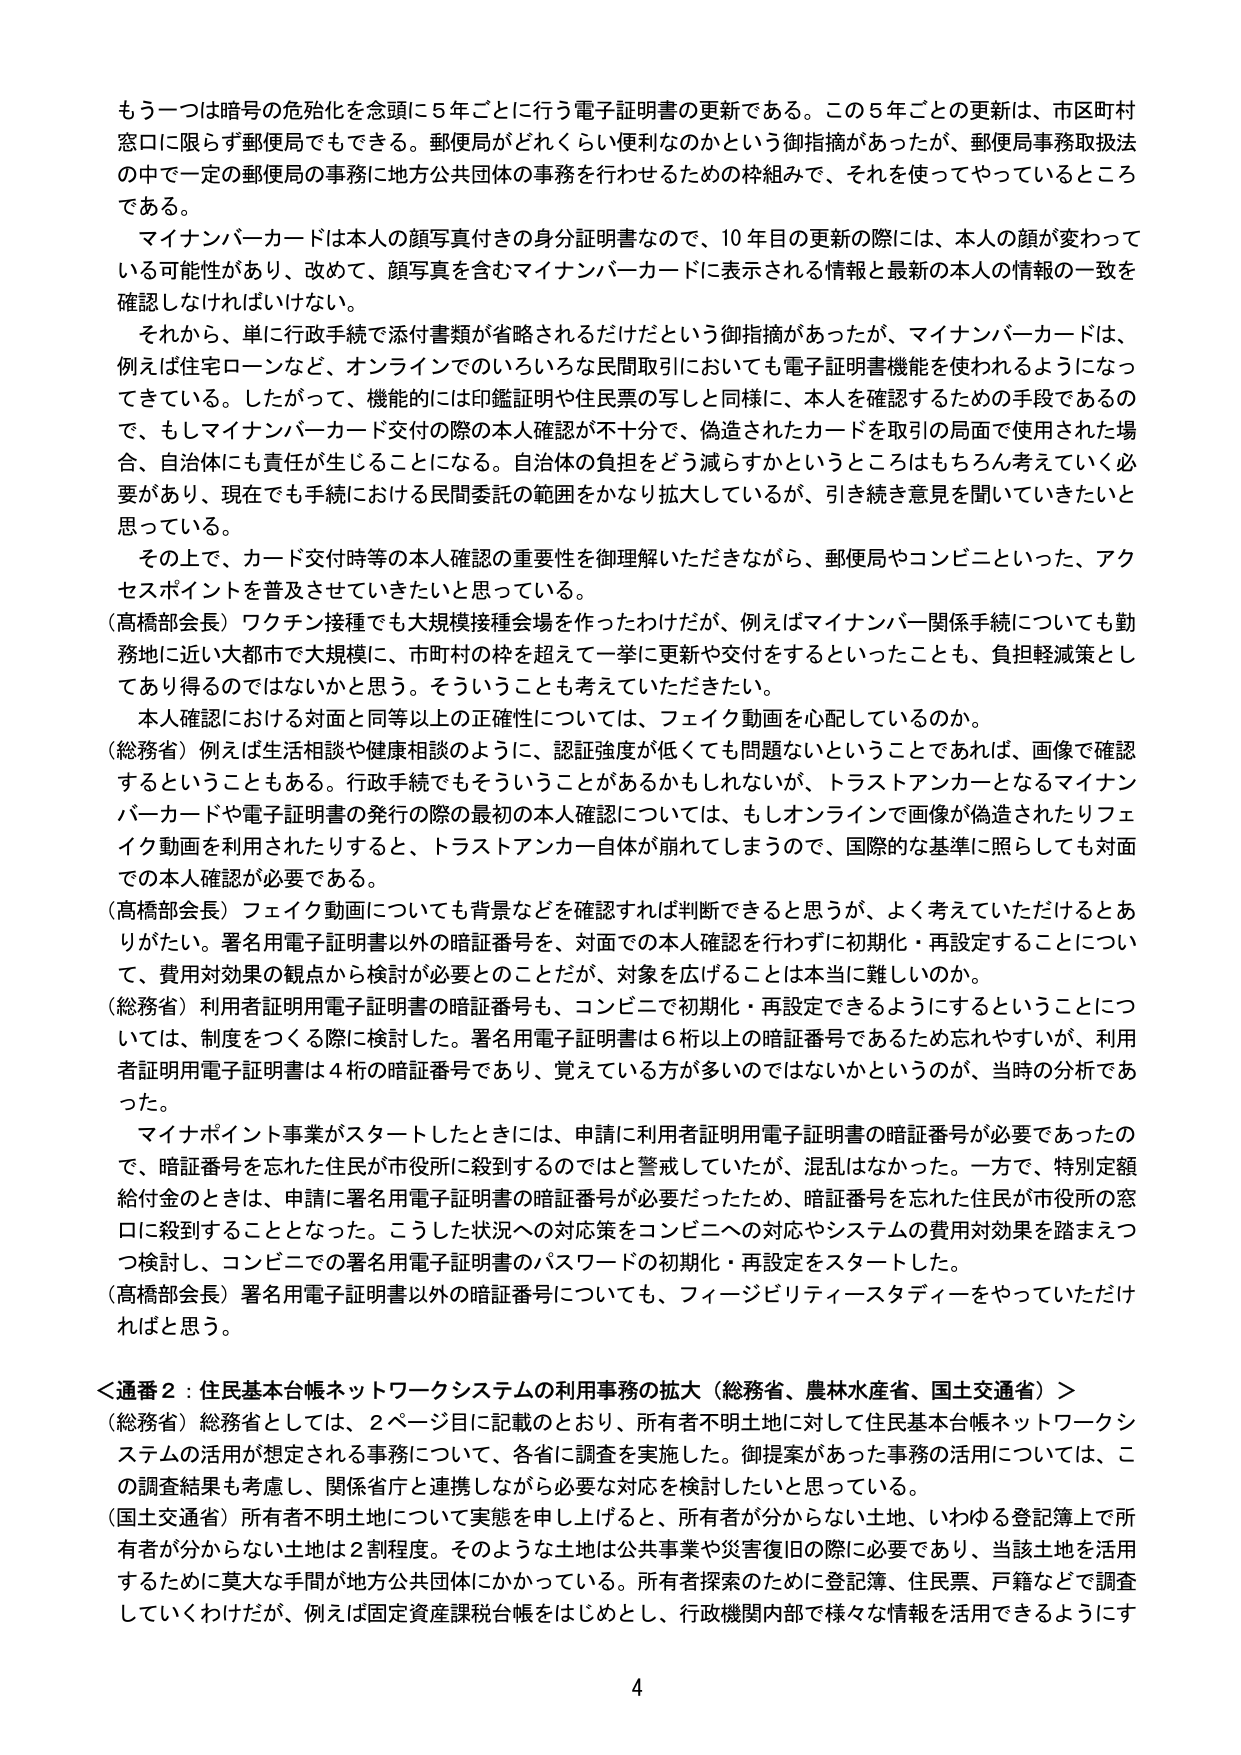
もう一つは暗号の危殆化を念頭に5年ごとに行う電子証明書の更新である。この5年ごとの更新は、市区町村窓口に限らず郵便局でもできる。郵便局がどれくらい便利なのかという御指摘があったが、郵便局事務取扱法の中で一定の郵便局の事務に地方公共団体の事務を行わせるための枠組みで、それを使ってやっているところである。

マイナンバーカードは本人の顔写真付きの身分証明書なので、10年目の更新の際には、本人の顔が変わっている可能性があり、改めて、顔写真を含むマイナンバーカードに表示される情報と最新の本人の情報の一致を確認しなければいけない。

それから、単に行政手続で添付書類が省略されるだけだという御指摘があったが、マイナンバーカードは、例えば住宅ローンなど、オンラインでのいろいろな民間取引においても電子証明書機能を使われるようになってきている。したがって、機能的には印鑑証明や住民票の写しと同様に、本人を確認するための手段であるので、もしマイナンバーカード交付の際の本人確認が不十分で、偽造されたカードを取引の局面で使用された場合、自治体にも責任が生じることになる。自治体の負担をどう減らすかというところはもちろん考えていく必要があり、現在でも手続における民間委託の範囲をかなり拡大しているが、引き続き意見を聞いていきたいと思っている。

その上で、カード交付時等の本人確認の重要性を御理解いただきながら、郵便局やコンビニといった、アクセスポイントを普及させていきたいと思っている。

（高橋部会長）ワクチン接種でも大規模接種会場を作ったわけだが、例えばマイナンバー関係手続についても勤務地に近い大都市で大規模に、市町村の枠を超えて一挙に更新や交付をするといったことも、負担軽減策としてあり得るのではないかと思う。そういうことも考えていただきたい。

本人確認における対面と同等以上の正確性については、フェイク動画を心配しているのか。

（総務省）例えば生活相談や健康相談のように、認証強度が低くても問題ないということであれば、画像で確認するということもある。行政手続でもそういうことがあるかもしれないが、トラストアンカーとなるマイナンバーカードや電子証明書の発行の際の最初の本人確認については、もしオンラインで画像が偽造されたりフェイク動画を利用されたりすると、トラストアンカー自体が崩れてしまうので、国際的な基準に照らしても対面での本人確認が必要である。

（高橋部会長）フェイク動画についても背景などを確認すれば判断できると思うが、よく考えていただけるとありがたい。署名用電子証明書以外の暗証番号を、対面での本人確認を行わずに初期化・再設定することについて、費用対効果の観点から検討が必要とのことだが、対象を広げることは本当に難しいのか。

（総務省）利用者証明用電子証明書の暗証番号も、コンビニで初期化・再設定できるようにするということについては、制度をつくる際に検討した。署名用電子証明書は6桁以上の暗証番号であるため忘れやすいが、利用者証明用電子証明書は4桁の暗証番号であり、覚えている方が多いのではないかというのが、当時の分析であった。

マイナポイント事業がスタートしたときには、申請に利用者証明用電子証明書の暗証番号が必要であったので、暗証番号を忘れた住民が市役所に殺到するのではと警戒していたが、混乱はなかった。一方で、特別定額給付金のときは、申請に署名用電子証明書の暗証番号が必要だったため、暗証番号を忘れた住民が市役所の窓口に殺到することとなった。こうした状況への対応策をコンビニへの対応やシステムの費用対効果を踏まえつつ検討し、コンビニでの署名用電子証明書のパスワードの初期化・再設定をスタートした。

（高橋部会長）署名用電子証明書以外の暗証番号についても、フィージビリティースタディーをやっていただければと思う。

＜通番2：住民基本台帳ネットワークシステムの利用事務の拡大（総務省、農林水産省、国土交通省）＞

（総務省）総務省としては、2ページ目に記載のとおり、所有者不明土地に対して住民基本台帳ネットワークシステムの活用が想定される事務について、各省に調査を実施した。御提案があった事務の活用については、この調査結果も考慮し、関係省庁と連携しながら必要な対応を検討したいと思っている。

（国土交通省）所有者不明土地について実態を申し上げると、所有者が分からない土地、いわゆる登記簿上で所有者が分からないうちの土地は2割程度。そのような土地は公共事業や災害復旧の際に必要であり、当該土地を活用するために莫大な手間が地方公共団体にかかっている。所有者探索のために登記簿、住民票、戸籍などで調査していくわけだが、例えば固定資産課税台帳をはじめとし、行政機関内部で様々な情報を活用できるようにす

4